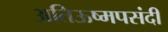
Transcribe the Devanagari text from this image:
अतिऊष्मपसंदी